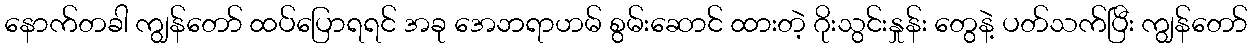
နောက်တခါ ကျွန်တော် ထပ်ပြောရရင် အခု အေဘရာဟမ် စွမ်းဆောင် ထားတဲ့ ဂိုးသွင်းနှုန်း တွေနဲ့ ပတ်သက်ပြီး ကျွန်တော်